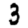
Digit: 3